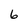
Character: 6